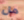
هل